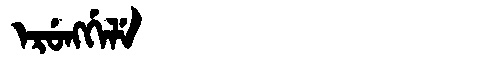
Manchu: ᡝᡵᡠᠩᡤᡝᠯᡝ
Romanization: ERUNGGELE